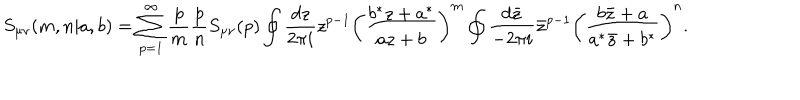
S _ { \mu \nu } ( m , n | a , b ) = \sum _ { p = 1 } ^ { \infty } \frac { p } { m } \frac { p } { n } S _ { \mu \nu } ( p ) \oint \frac { d z } { 2 \pi i } z ^ { p - 1 } \left( \frac { b ^ { * } z + a ^ { * } } { a z + b } \right) ^ { m } \oint \frac { d \bar { z } } { - 2 \pi i } { \bar { z } } ^ { p - 1 } \left( \frac { b \bar { z } + a } { a ^ { * } \bar { z } + b ^ { * } } \right) ^ { n } .